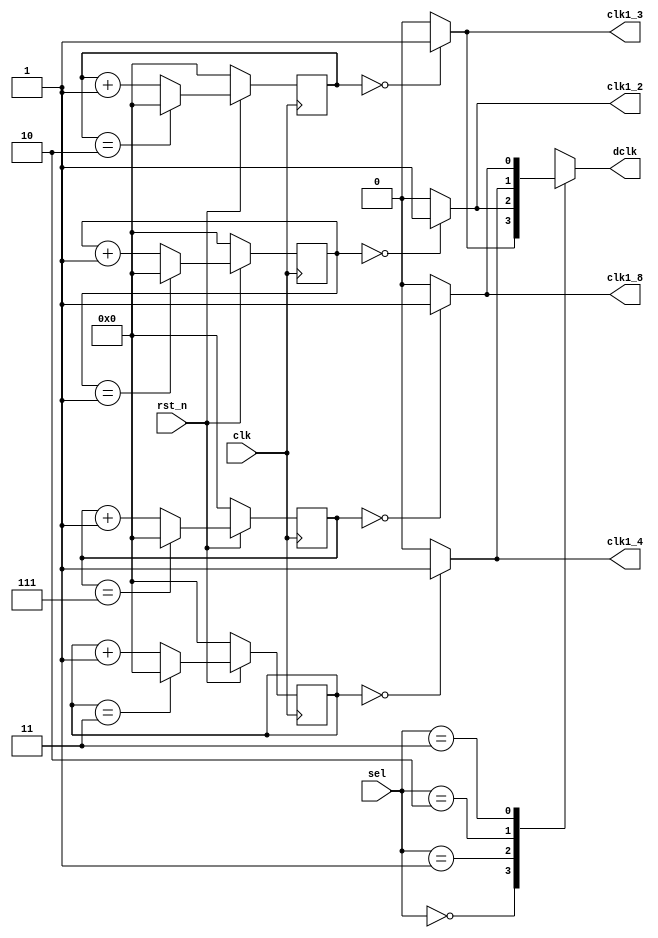
`timescale 1ns/1ps

module Clock_Divider (clk, rst_n, sel, clk1_2, clk1_4, clk1_8, clk1_3, dclk);
input clk, rst_n;
input [1:0] sel;
output clk1_2; //01
output clk1_4; //0123
output clk1_8; //012345678
output clk1_3; //012
output reg dclk;

reg [3:0] c2, c4, c8, c3; //count

always @(posedge clk) begin
    if(rst_n == 1'b0) begin
        c3 <= 4'b0;
        c2 <= 4'b0;
        c4 <= 4'b0;
        c8 <= 4'b0;      
    end
    else begin
        //count 3 (2)
        if(c3 == 4'd2) c3 <= 4'b0;
        else c3 <= c3 + 4'b1;
        //count 2 (1)
        if(c2 == 4'd1) c2 <= 4'b0;
        else c2 <= c2 + 4'b1;
        //count 4 (3)
        if(c4 == 4'd3) c4 <= 4'b0;
        else c4 <= c4 + 4'b1;
        //count 8 (7)
        if(c8 == 4'd7) c8 <= 4'b0;
        else c8 <= c8 + 4'b1;
    end
end

assign clk1_3 = (c3 == 4'd0 ? 1'b1 : 1'b0);
assign clk1_2 = (c2 == 4'd0 ? 1'b1 : 1'b0);
assign clk1_4 = (c4 == 4'd0 ? 1'b1 : 1'b0);
assign clk1_8 = (c8 == 4'd0 ? 1'b1 : 1'b0);

//MUX
always @(*) begin
    case (sel)
        2'b00: dclk = clk1_3;
        2'b01: dclk = clk1_2;
        2'b10: dclk = clk1_4;
        2'b11: dclk = clk1_8;
        default: dclk = 4'b0;
    endcase
end

endmodule